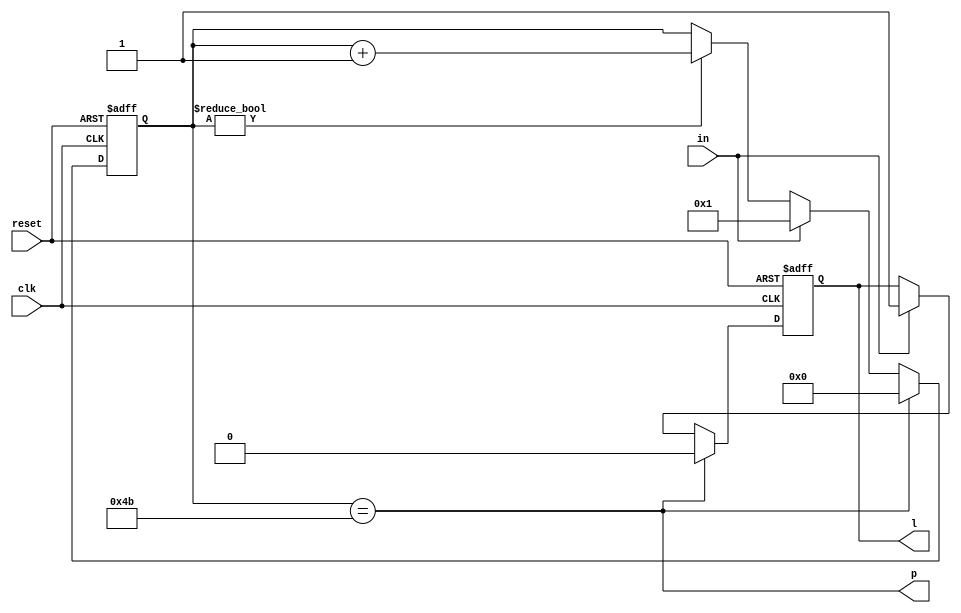
module ldly1_5us(input clk, input reset, input in, output p, output reg l);
	reg [7-1:0] r;
	always @(posedge clk or posedge reset) begin
		if(reset) begin
			r <= 0;
			l <= 0;
		end else begin
			if(r)
				r <= r + 7'b1;
			if(in) begin
				r <= 1;
				l <= 1;
			end
			if(p) begin
				r <= 0;
				l <= 0;
			end
		end
	end
	assign p = r == 75;
endmodule